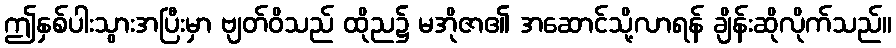
ဤနှစ်ပါးသွားအပြီးမှာ ဗျတ်ဝိသည် ထိုည၌ မအိုဇာ၏ အဆောင်သို့လာရန် ချိန်းဆိုလိုက်သည်။